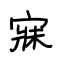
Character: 寐